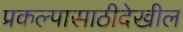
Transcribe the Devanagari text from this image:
प्रकल्पासाठीदेखील